Document type: Sale
Year: 1461
Scribe: [Unknown]
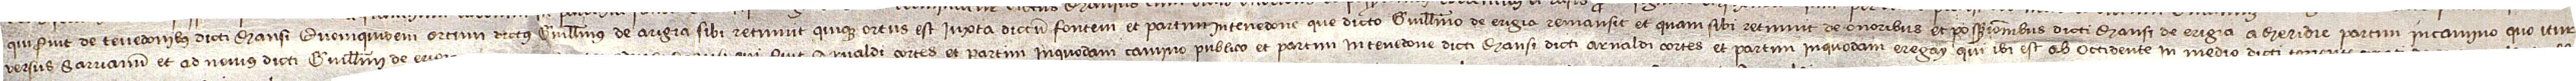
qui fuit de tenedonibus dicti mansis, quemquidem ortum dictus Guillelmus de Arigia sibi retinuit, quique ortus est iuxta dictum fontem et partim in tenedone que dicto Guillelmo de Erigia remansit et quam sibi retinuit de onoribus et possessionibus dicti mansi de Erigia; a meridie partim in camino quo itur